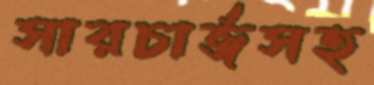
সারচার্জসহ